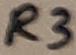
Text: R3